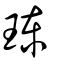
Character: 𤦪